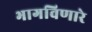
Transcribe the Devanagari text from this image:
भागविणारे